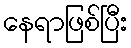
နေရာဖြစ်ပြီး